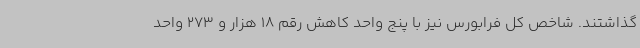
گذاشتند. شاخص کل فرابورس نیز با پنج واحد کاهش رقم 18 هزار و 273 واحد